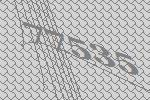
77535